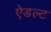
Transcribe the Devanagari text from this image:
ऐडल्ट